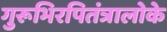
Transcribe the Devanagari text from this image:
गुरूभिरपितंत्रालोके